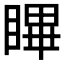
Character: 𭿑